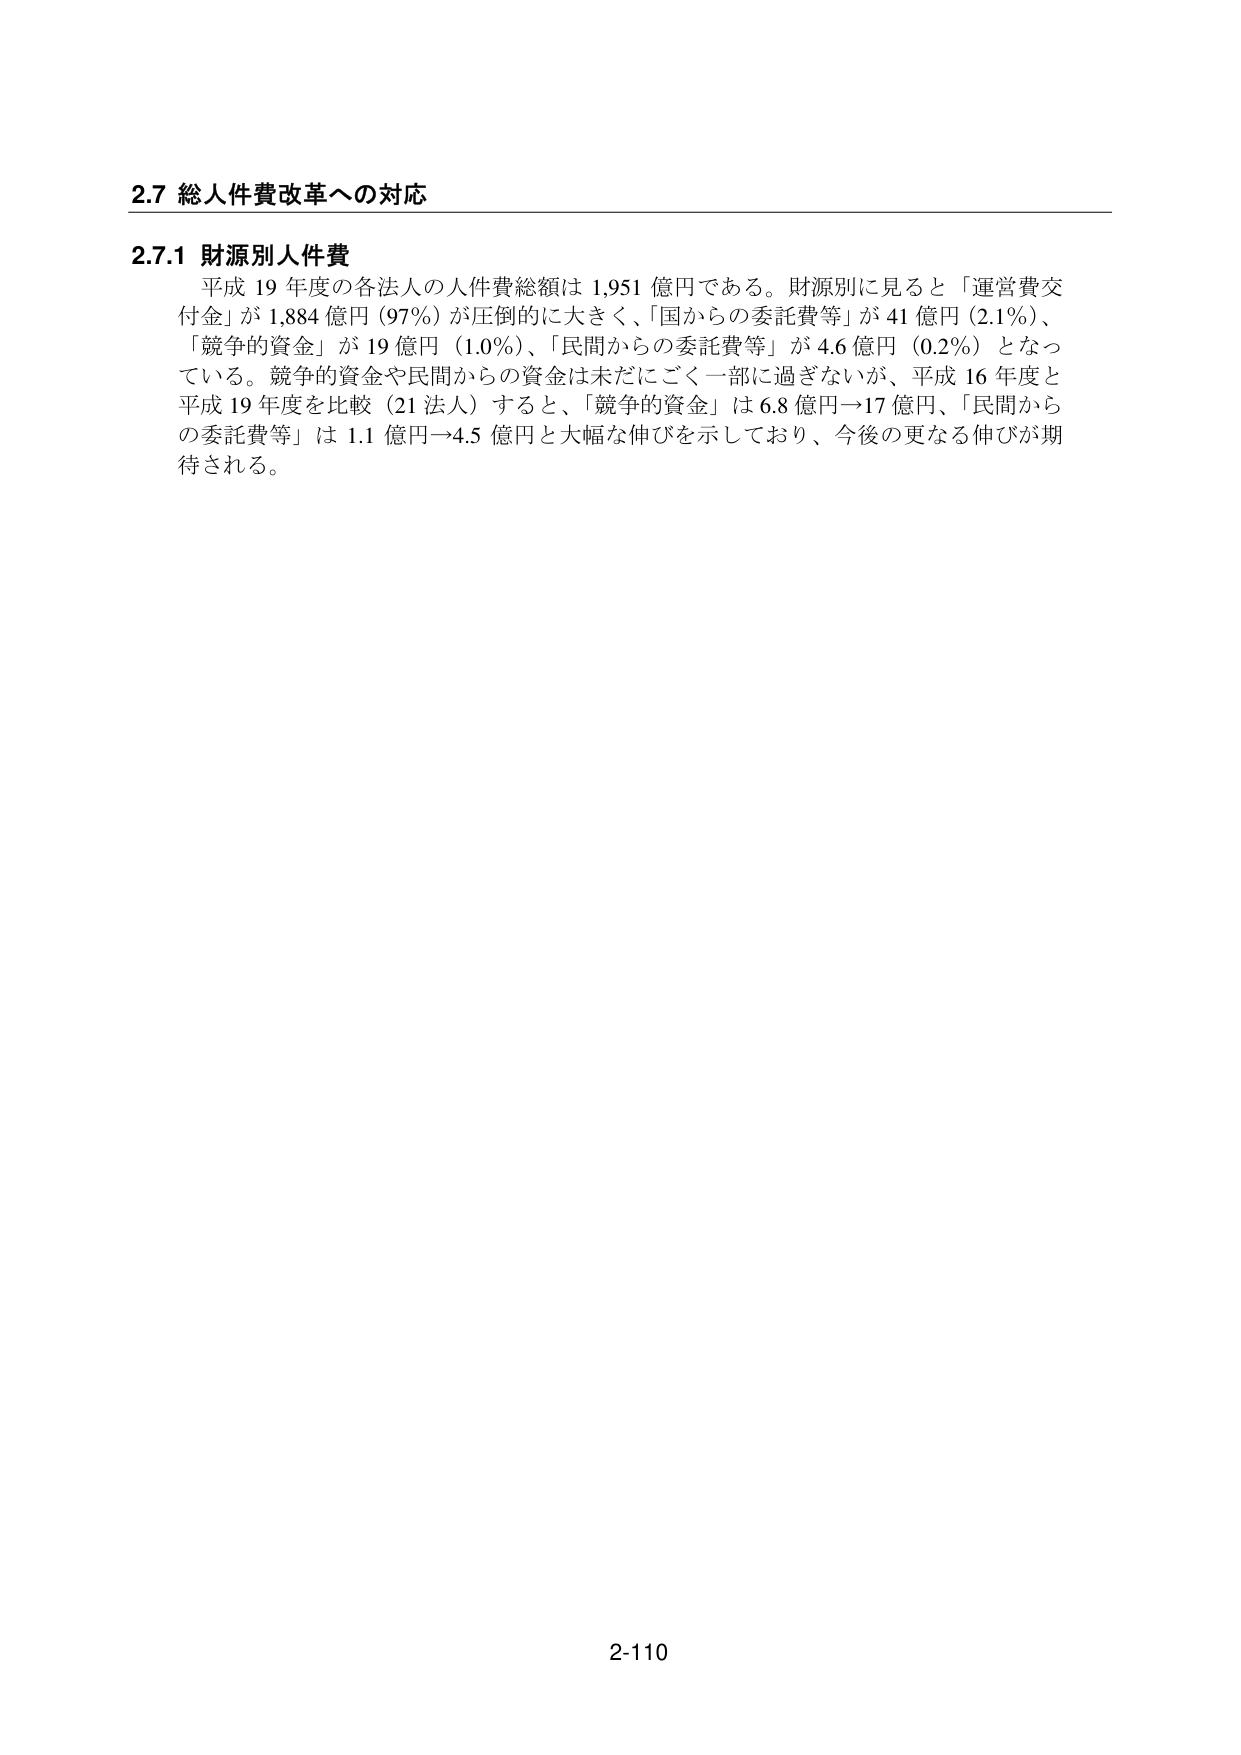
2.7 総人件費改革への対応

2.7.1 財源別人件費
平成 19 年度の各法人の人件費総額は 1,951 億円である。財源別に見ると「運営費交付金」が 1,884 億円（97％）が圧倒的に大きく、「国からの委託費等」が 41 億円（2.1％）、「競争的資金」が 19 億円（1.0％）、「民間からの委託費等」が 4.6 億円（0.2％）となっている。競争的資金や民間からの資金は未だにごく一部に過ぎないが、平成 16 年度と平成 19 年度を比較（21 法人）すると、「競争的資金」は 6.8 億円→17 億円、「民間からの委託費等」は 1.1 億円→4.5 億円と大幅な伸びを示しており、今後の更なる伸びが期待される。

2-110